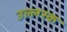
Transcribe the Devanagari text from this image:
उल्लस्क